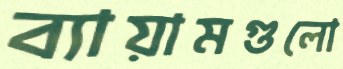
ব্যায়ামগুলো